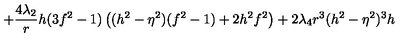
+ \frac { 4 \lambda _ { 2 } } { r } h ( 3 f ^ { 2 } - 1 ) \left( ( h ^ { 2 } - \eta ^ { 2 } ) ( f ^ { 2 } - 1 ) + 2 h ^ { 2 } f ^ { 2 } \right) + 2 \lambda _ { 4 } r ^ { 3 } ( h ^ { 2 } - \eta ^ { 2 } ) ^ { 3 } h